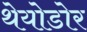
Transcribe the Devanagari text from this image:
थेयोडोर